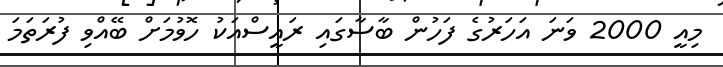
މިއީ 2000 ވަނަ އަހަރުގެ ފަހުން ބާސާގައި ރައީސްއަކު ހޮވުމަށް ބޭއްވި ފުރަތަމަ